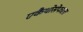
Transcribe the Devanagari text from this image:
एकैथोसेफाला